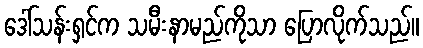
ဒေါ်သန်းရှင်က သမီးနာမည်ကိုသာ ပြောလိုက်သည်။